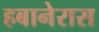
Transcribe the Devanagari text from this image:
हबानेरास